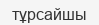
тұрсайшы